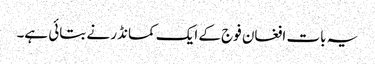
یہ بات افغان فوج کے ایک کمانڈر نے بتائی ہے۔